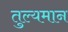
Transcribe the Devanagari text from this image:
तुल्यमान